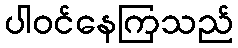
ပါဝင်နေကြသည်